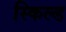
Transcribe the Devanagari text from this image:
स्किल्ड